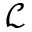
\mathcal { L }